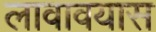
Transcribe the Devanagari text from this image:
लावावयास